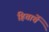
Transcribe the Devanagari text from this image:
हिताचें